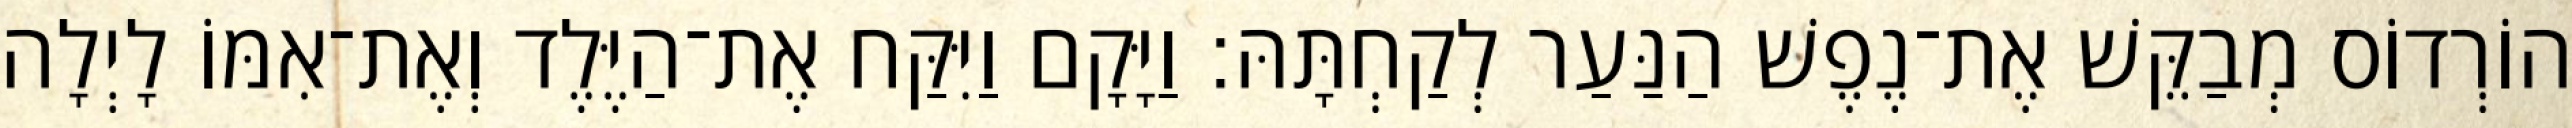
הוֹרְדוֹס מְבַקֵּשׁ אֶת־נֶפֶשׁ הַנַּעַר לְקַחְתָּהּ׃ וַיָּקָם וַיִּקַּח אֶת־הַיֶּלֶד וְאֶת־אִמּוֹ לָיְלָה